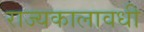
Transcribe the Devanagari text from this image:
राज्यकालावधी